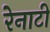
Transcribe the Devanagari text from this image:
रेनाटी